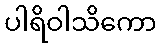
ပါရိဝါသိကော